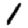
Digit: 1